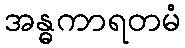
အန္ဓကာရတမံ